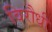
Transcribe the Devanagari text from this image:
विरौधी